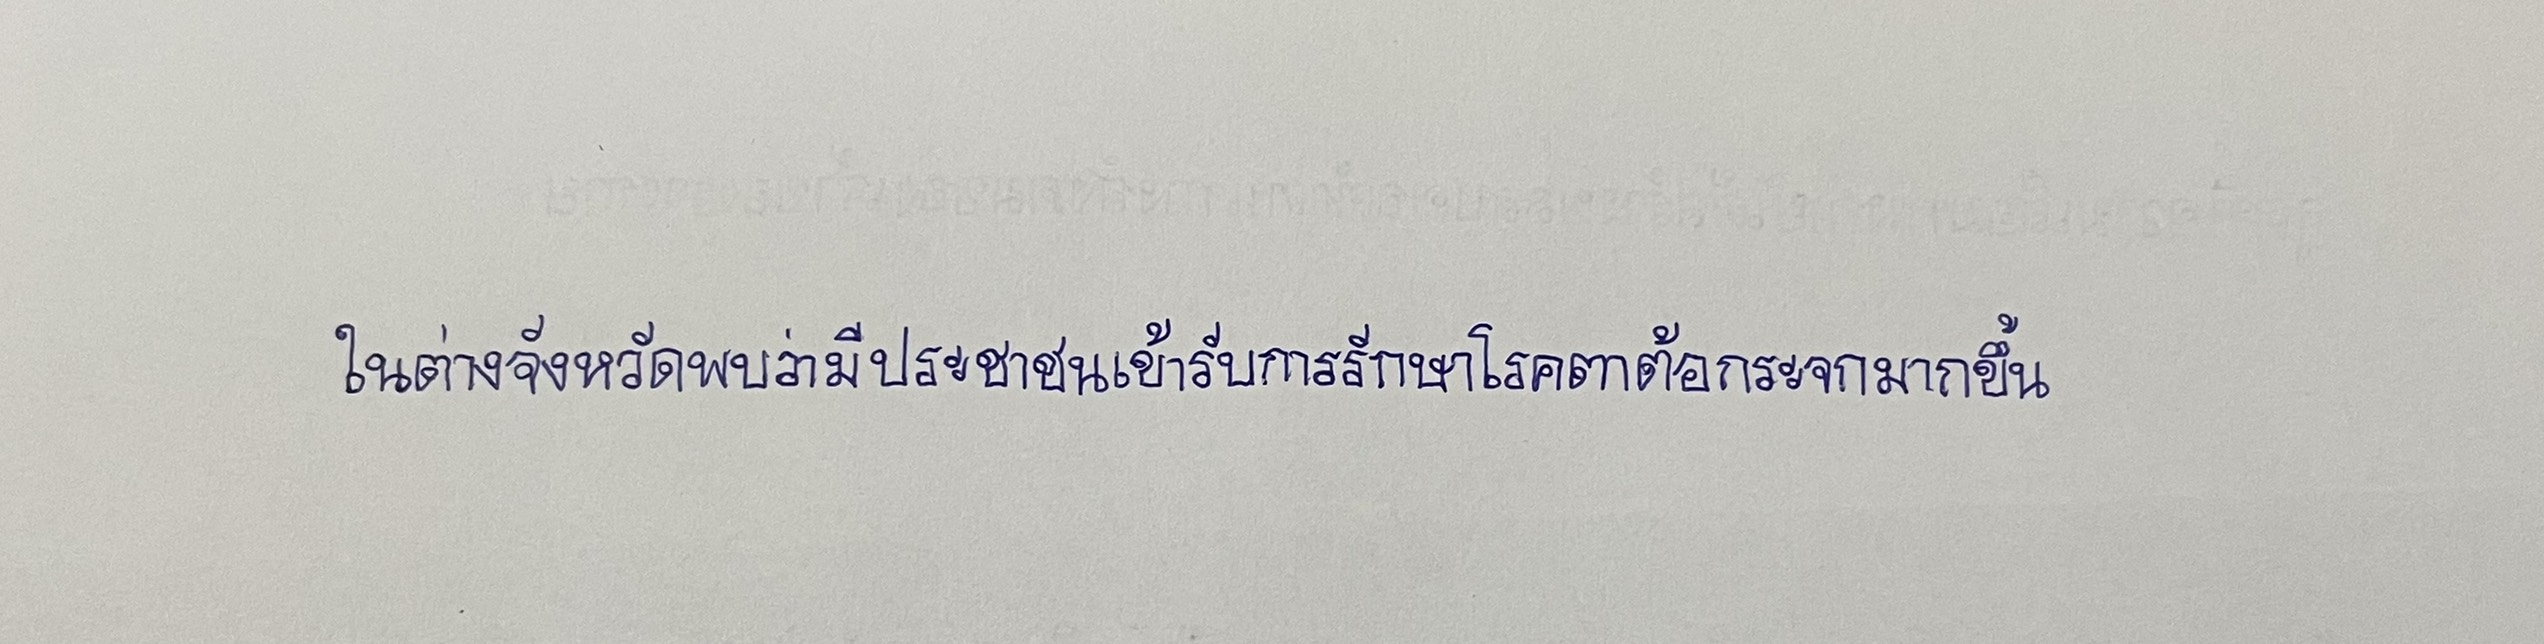
ในต่างจังหวัดพบว่ามีประชาชนเข้ารับการรักษาโรคตาต้อกระจกมากขึ้น